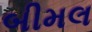
બીમલ